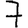
Digit: 7